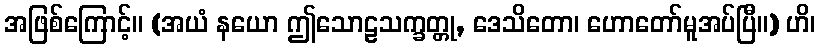
အဖြစ်ကြောင့်။ (အယံ နယော ဤသောဠသက္ခတ္တု, ဒေသိတော၊ ဟောတော်မူအပ်ပြီ။) ဟိ၊